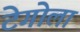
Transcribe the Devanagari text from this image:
टेगोला